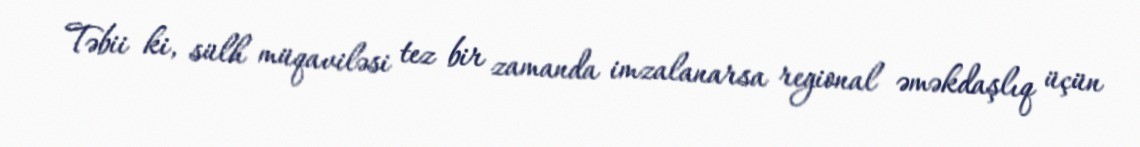
Təbii ki, sülh müqaviləsi tez bir zamanda imzalanarsa regional əməkdaşlıq üçün